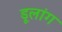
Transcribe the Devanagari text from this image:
डूलांग